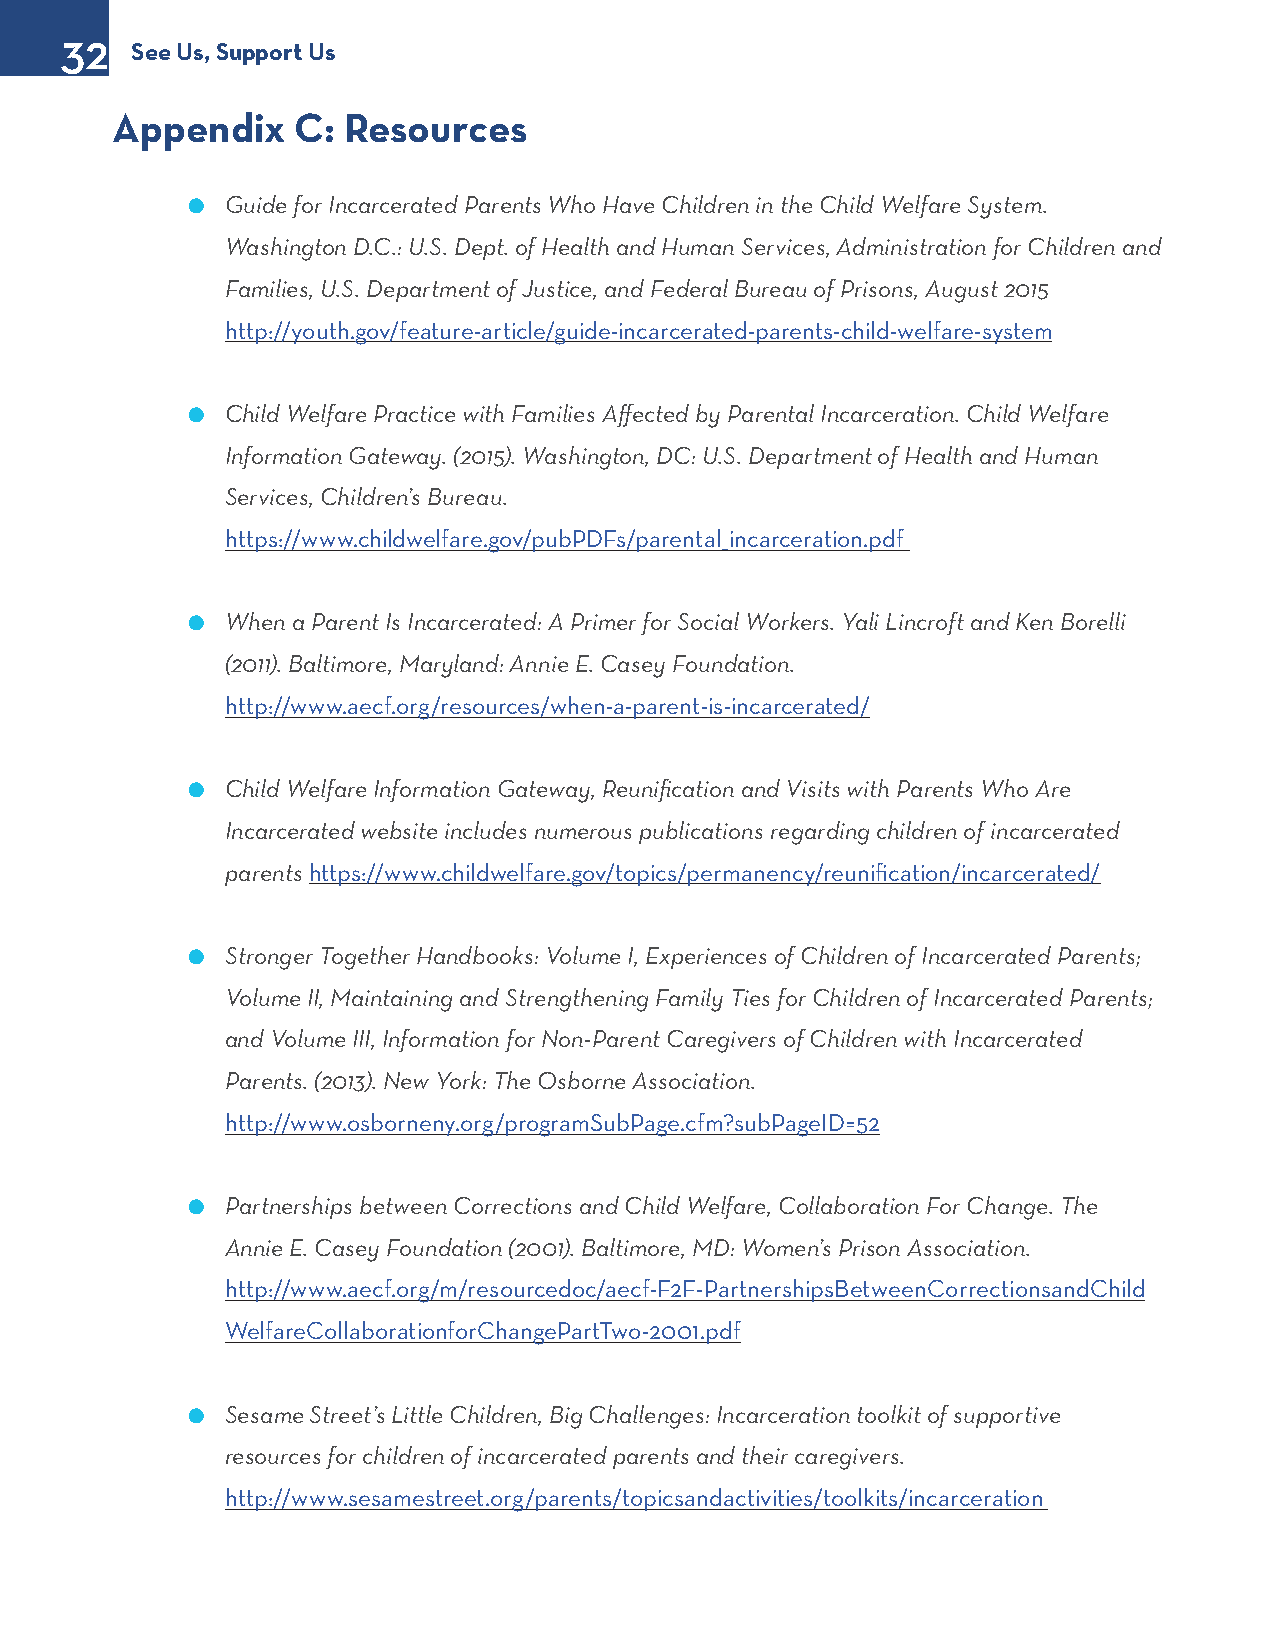
32
 See Us, Support Us
 Appendix    C:  Resources
 l  Guide for Incarcerated Parents Who Have Children in the Child Welfare System.
 Washington D.C.: U.S. Dept. of Health and Human Services, Administration for Children and
 Families, U.S. Department of Justice, and Federal Bureau of Prisons, August 2015
 http://youth.gov/feature-article/guide-incarcerated-parents-child-welfare-system
 l  Child Welfare Practice with Families Affected by Parental Incarceration. Child Welfare
 Information Gateway. (2015). Washington, DC: U.S. Department of Health and Human
 Services, Children’s Bureau.
 https://www.childwelfare.gov/pubPDFs/parental_incarceration.pdf
 l  When a Parent Is Incarcerated: A Primer for Social Workers. Yali Lincroft and Ken Borelli
 (2011). Baltimore, Maryland: Annie E. Casey Foundation.
 http://www.aecf.org/resources/when-a-parent-is-incarcerated/
 l  Child Welfare Information Gateway, Reunification and Visits with Parents Who Are
 Incarcerated website includes numerous publications regarding children of incarcerated
 parents https://www.childwelfare.gov/topics/permanency/reunification/incarcerated/
 l  Stronger Together Handbooks: Volume I, Experiences of Children of Incarcerated Parents;
 Volume II, Maintaining and Strengthening Family Ties for Children of Incarcerated Parents;
 and Volume III, Information for Non-Parent Caregivers of Children with Incarcerated
 Parents. (2013). New York: The Osborne Association.
 http://www.osborneny.org/programSubPage.cfm?subPageID=52
 l  Partnerships between Corrections and Child Welfare, Collaboration For Change. The
 Annie E. Casey Foundation (2001). Baltimore, MD: Women’s Prison Association.
 http://www.aecf.org/m/resourcedoc/aecf-F2F-PartnershipsBetweenCorrectionsandChild
 WelfareCollaborationforChangePartTwo-2001.pdf
 l  Sesame Street’s Little Children, Big Challenges: Incarceration toolkit of supportive
 resources for children of incarcerated parents and their caregivers.
 http://www.sesamestreet.org/parents/topicsandactivities/toolkits/incarceration